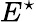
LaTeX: E^{\star}